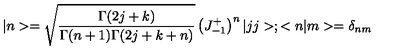
| n > = \sqrt { \frac { \Gamma ( 2 j + k ) } { \Gamma ( n + 1 ) \Gamma ( 2 j + k + n ) } } \left( J _ { - 1 } ^ { + } \right) ^ { n } | j j > ; < n | m > = \delta _ { n m }